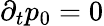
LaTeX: \partial_{t}p_{0}=0